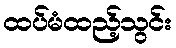
ထပ်မံထည့်သွင်း